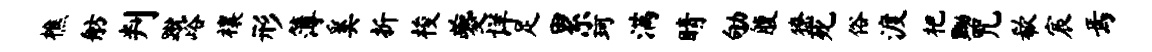
樵舫判蹴峪禳形簿奚折梭夔详足累珂满睛劬腹獠死俗渡杷黝咒欷宸焉